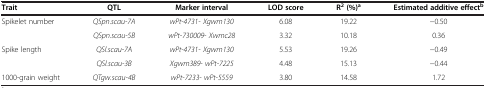
| Trait | QTL | Marker interval | LOD score | R2(%)a | Estimated additive effectb |
 | --- | --- | --- | --- | --- | --- |
 | Spikelet number | QSpn.scau-7A | wPt-4731- Xgwm130 | 6.08 | 19.22 | −0.50 |
 |  | QSpn.scau-5B | wPt-730009- Xwmc28 | 3.32 | 10.18 | 0.36 |
 | Spike length | QSl.scau-7A | wPt-4731- Xgwm130 | 5.53 | 19.26 | −0.49 |
 |  | QSl.scau-3B | Xgwm389- wPt-7225 | 4.48 | 15.13 | −0.44 |
 | 1000-grain weight | QTgw.scau-4B | wPt-7233- wPt-5559 | 3.80 | 14.58 | 1.72 |